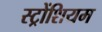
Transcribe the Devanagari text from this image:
स्ट्रोंशियम